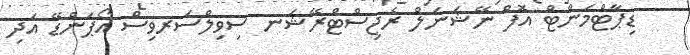
ޑިޕާޓްމަންޓް އޮފް ނޭޝަނަލް ރެޖިސްޓްރޭޝަނ ސިވިލްސަރވިސް އޯޕަންޑޭ އަދި